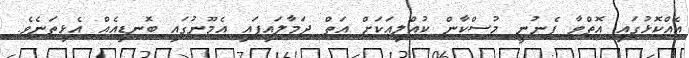
އެއްކޮޅުގައި އޮތްވާ ފެނުނީ މުސްކާން ކުއްލިއަކަށް އަތް ދަމާލައިފައި އެމޫނުގައި ބޮނޑިއެއް އެޅިތަނެވެ.